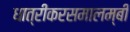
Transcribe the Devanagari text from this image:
धात्रीकरसमालम्बी